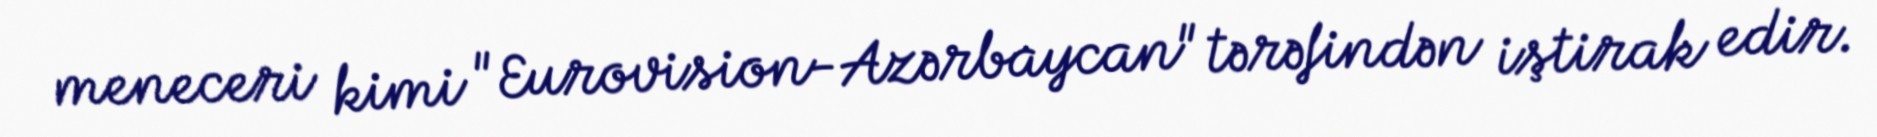
meneceri kimi "Eurovision-Azərbaycan" tərəfindən iştirak edir.